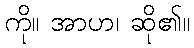
ကို။ အာဟ၊ ဆို၏။